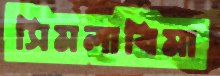
সিমলাবিমা